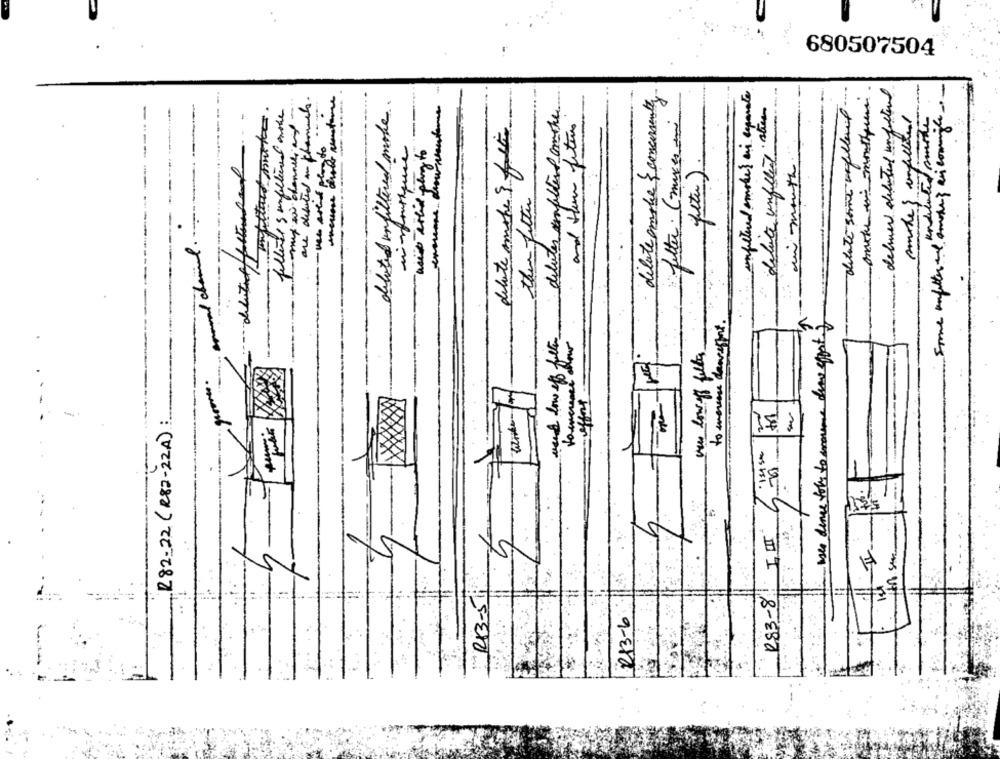
680507504
-
dilute ample & concurrently
deliver diluted unfiltered
debuted in chammets.
delated unfiltered make.
unfiltered smoke? si exponate
feltuels unfiltered entre
delate unfilled strom
-
how wantone
deluter unfiltered amore
Some enfetter the amoins ai cominge.
:fetter. (mixes di
undulated somone
delate amohe 3 f ct
and then fiture
ninfourique
ai month ...
peter) .
then filter
--
su dince foly to some dias effort 2
to mero deareffort.
weed low of filter
non low off filles
offers
LT
R82-22 ( R82- 22A):
III
RB3-5
R83-8
=
213-6